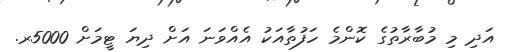
އަދި މި މުބާރާތުގެ ކޮންމެ ހަފުތާއަކު އެއްވަނަ އަށް ދިޔަ ޓީމަށް 5000ރ.